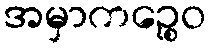
အမှာကဉ္စေဝ